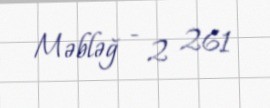
Məbləğ - 2 261